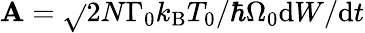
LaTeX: \mathbf{A}=\sqrt{}{{{2N\Gamma_{0}k_{\mathrm{{B}}}T_{0}}/{\hbar\Omega_{0}}}}{\mathrm{{d}}{W}}/{\mathrm{{d}}t}